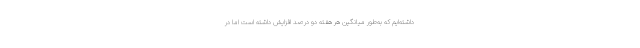
داشته‌ایم که به‌طور میانگین هر هفته دو درصد افزایش داشته است اما در